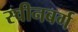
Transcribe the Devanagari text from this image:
स्वीनबर्ग